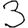
Digit: 3